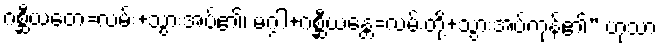
ဂစ္ဆီယတေ=လမ်း+သွားအပ်၏၊ မဂ္ဂါ+ဂစ္ဆီယန္တေ=လမ်းတို့+သွားအပ်ကုန်၏” ဟုသာ